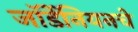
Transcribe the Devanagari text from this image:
जॉर्डेनियनचे